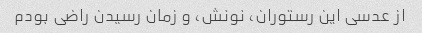
از عدسی این رستوران، نونش، و زمان رسیدن راضی بودم